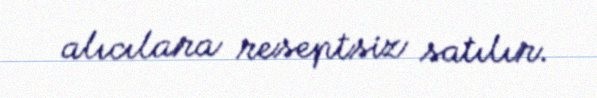
alıcılara reseptsiz satılır.